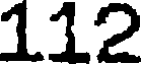
112